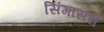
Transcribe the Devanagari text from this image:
सिंगासरी